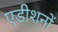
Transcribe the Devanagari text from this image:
एडीशनों